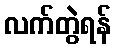
လက်တွဲရန်